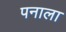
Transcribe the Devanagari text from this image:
पनाला